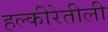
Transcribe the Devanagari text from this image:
हल्‍कीरेतीली